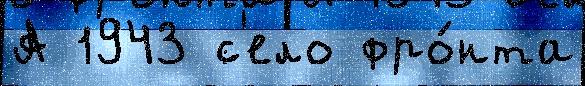
А 1943 с'ело фро́нта